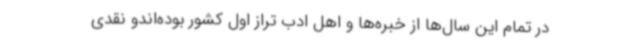
در تمام این سال‌ها از خبره‌ها و اهل ادب تراز اول کشور بوده‌اندو نقدی